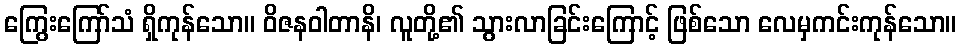
ကြွေးကြော်သံ ရှိကုန်သော။ ဝိဇနဝါတာနိ၊ လူတို့၏ သွားလာခြင်းကြောင့် ဖြစ်သော လေမှကင်းကုန်သော။